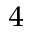
_ 4